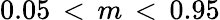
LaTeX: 0.05\, <\, m\, <\, 0.95